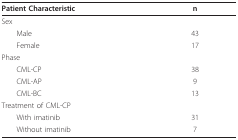
| Patient Characteristic | n |
 | --- | --- |
 | Sex |  |
 | Male | 43 |
 | Female | 17 |
 | Phase |  |
 | CML-CP | 38 |
 | CML-AP | 9 |
 | CML-BC | 13 |
 | Treatment of CML-CP |  |
 | With imatinib | 31 |
 | Without imatinib | 7 |